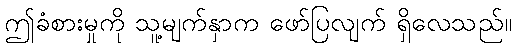
ဤခံစားမှုကို သူ့မျက်နှာက ဖော်ပြလျက် ရှိလေသည်။